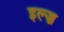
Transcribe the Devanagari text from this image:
इल्ज़